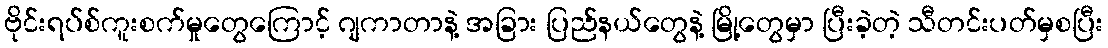
ဗိုင်းရပ်စ်ကူးစက်မှုတွေကြောင့် ဂျကာတာနဲ့ အခြား ပြည်နယ်တွေနဲ့ မြို့တွေမှာ ပြီးခဲ့တဲ့ သီတင်းပတ်မှစပြီး